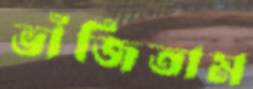
ভাঁজিতাম